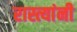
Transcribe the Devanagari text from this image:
रास्त्यांनी